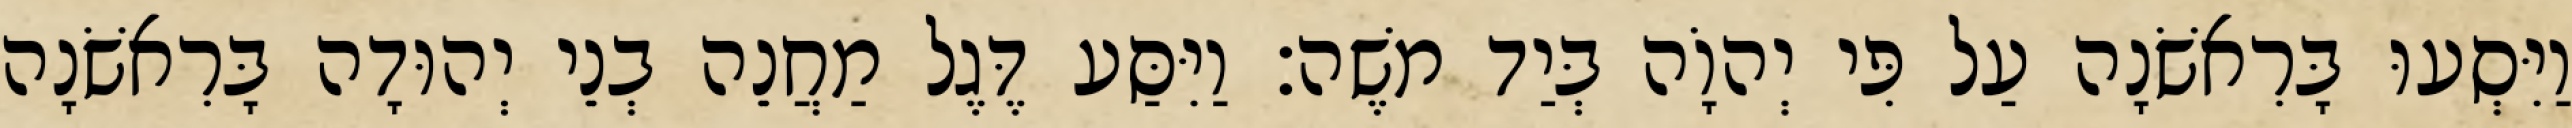
וַיִּסְעוּ בָּרִאשֹׁנָה עַל פִּי יְהוָֹה בְּיַד משֶׁה׃ וַיִּסַּע דֶּגֶל מַחֲנֵה בְנֵי יְהוּדָה בָּרִאשֹׁנָה